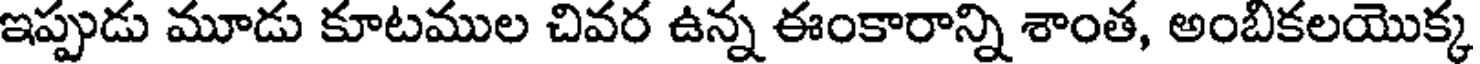
ఇప్పుడు మూడు కూటముల చివర ఉన్న ఈంకారాన్ని శాంత, అంబికలయొక్క